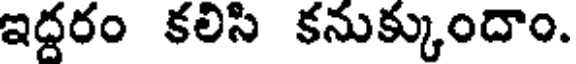
ఇద్దరం కలిసి కనుక్కుందాం.